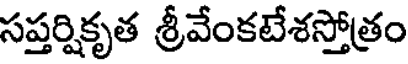
సప్తర్షికృత శ్రీవేంకటేశస్తోత్రం